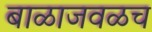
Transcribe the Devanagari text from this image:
बाळाजवळच